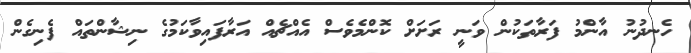
ހެނދުނު އާންމު ފަރާތަކުން ވަނީ ރަށަށް ކޮންމެވެސް އެއްޗެއް އަރާފައިވާކަމުގެ ނިޝާންތައް ފެނިގެން